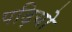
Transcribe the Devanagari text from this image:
पढ़ियो